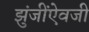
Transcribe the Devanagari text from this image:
झुंजींऐवजी